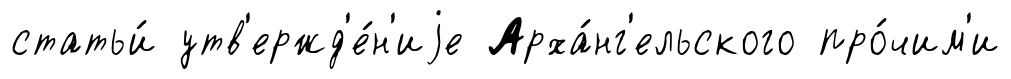
статьи́ утв'ержд'е́н'иjе Арха́нг'ельского про́чим'и